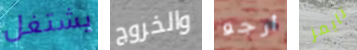
يشتغل والخروج أرجو تايمز